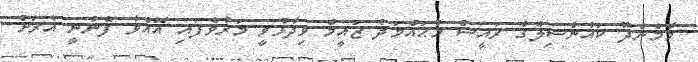
މާމެންދޫ ކައުންސިލްގެ ރައީސް މުޙައްމަދު ޒައީމް ވިދާޅުވީ މަރުވެފައި އޮއްވާ ފެނުނީ އެރަށު